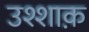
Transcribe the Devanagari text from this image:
उश्शाक़